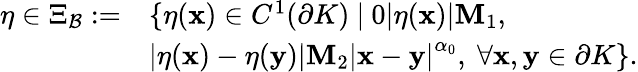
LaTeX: \begin{array}{rl}{\eta\in\Xi_{\mathcal B}:=}&{\{ \eta(\mathbf x)\in C^{1}(\partial K)~|~0\le|\eta(\mathbf x)|\le M_{1},}\\ &{\left|\eta(\mathbf x)-\eta(\mathbf y)\right|\le M_{2}\left|\mathbf x-\mathbf y\right|^{\alpha_{0}},\ \forall\mathbf x,\mathbf y\in\partial K\} .}\end{array}